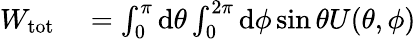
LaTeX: \begin{array}{rl}{W_{\mathrm{tot}}}&{{}=\int_{0}^{\pi}\mathrm{d}\theta\int_{0}^{2\pi}\mathrm{d}\phi\sin\theta U(\theta,\phi)}\end{array}